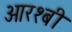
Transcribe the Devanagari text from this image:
आर१बी